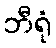
ဘီရုံ